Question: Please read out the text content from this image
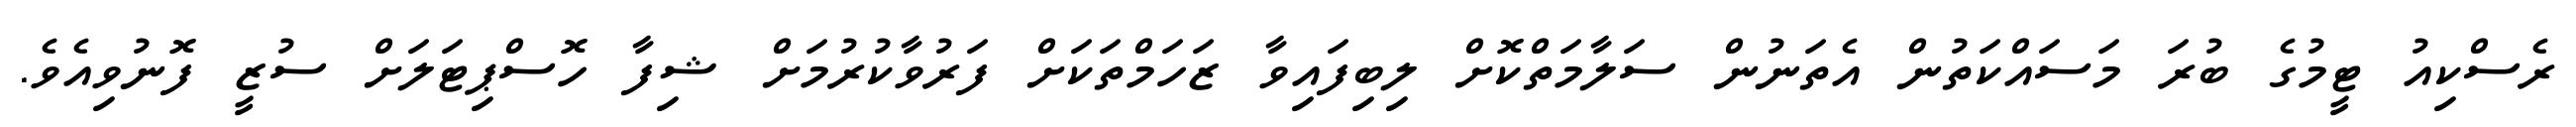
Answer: ރެސްކިއު ޓީމުގެ ބުރަ މަސައްކަތުން އެތަނުން ސަލާމަތްކޮށް ލިބިފައިވާ ޒަހަމްތަކަށް ފަރުވާކުރުމަށް ޝިފާ ހޮސްޕިޓަލަށް ސުޒީ ފޮނުވިއެވެ.